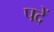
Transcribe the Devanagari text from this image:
पदें